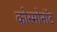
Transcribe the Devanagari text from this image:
कोस्मोनॉट